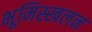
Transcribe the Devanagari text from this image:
भूमिस्खलन